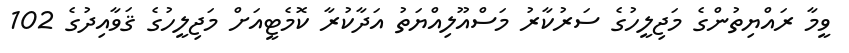
ވީމާ ރައްޔިތުންގެ މަޖިލީހުގެ ސަރުކާރު މަސްއޫލިއްޔަތު އަދާކުރާ ކޮމެޓީއަށް މަޖިލީހުގެ ޤަވާއިދުގެ 102